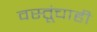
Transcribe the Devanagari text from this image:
वस्तूंचाही